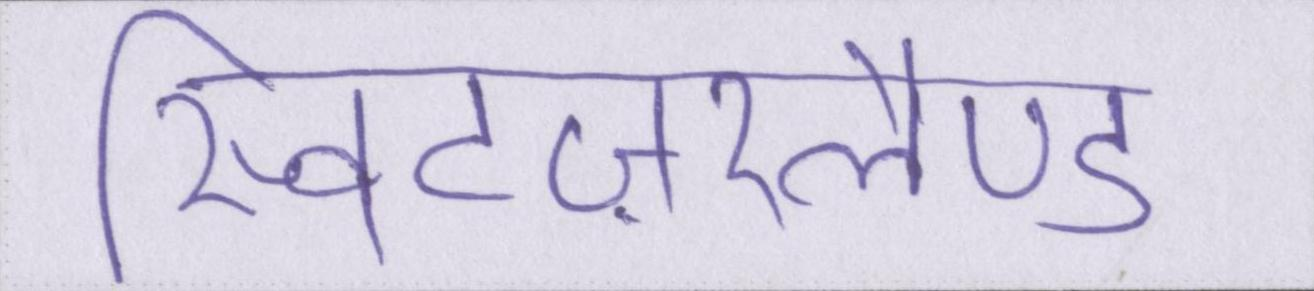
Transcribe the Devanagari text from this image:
स्विटज़रलैण्ड